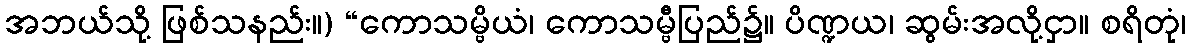
အဘယ်သို့ ဖြစ်သနည်း။) “ကောသမ္ဗိယံ၊ ကောသမ္ဗီပြည်၌။ ပိဏ္ဍယ၊ ဆွမ်းအလို့ငှာ။ စရိတုံ၊